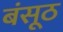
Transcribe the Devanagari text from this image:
बंसूठ